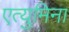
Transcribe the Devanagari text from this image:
एत्‍युमिना